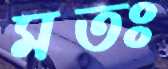
মতঃ